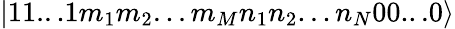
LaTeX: |11...1m_{1}m_{2}...m_{M}n_{1}n_{2}...n_{N}00...0\rangle